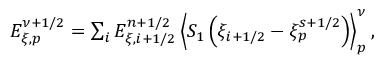
\begin{array} { r } { E _ { \xi , p } ^ { \nu + 1 / 2 } = \sum _ { i } E _ { \xi , i + 1 / 2 } ^ { n + 1 / 2 } \left\langle { { S _ { 1 } } } \left( { \xi } _ { i + 1 / 2 } - { \xi } _ { p } ^ { s + 1 / 2 } \right) \right\rangle _ { p } ^ { \nu } , } \end{array}